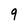
Character: 9